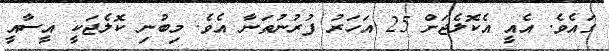
ގައެވެ. އެއީ އެކޮލެޖަށް 25 އަހަރު ފުރުނުތަނާ އެވެ. މިބުނި ކޮލެޖަކީ އީސާއީ